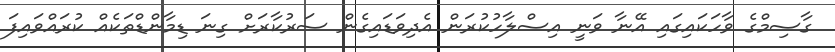
ގާސިމްގެ ވާހަކައިގައި އޭނާ ވަނީ އިސްލާހުކުރަން އެދިވަޑައިގެން ސަރުކާރަށް ގިނަ ޑިމާންޑްތަކެއް ކުރައްވައިފަ